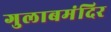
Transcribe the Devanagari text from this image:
गुलाबमंदिर